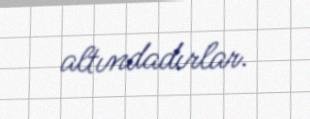
altındadırlar.